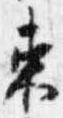
束